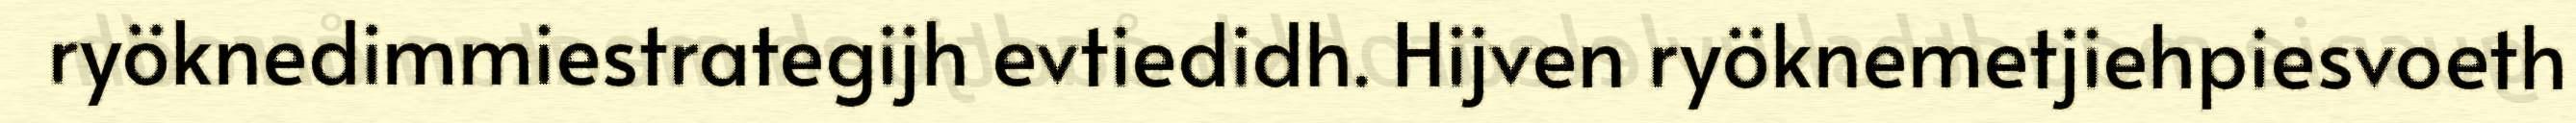
ryöknedimmiestrategijh evtiedidh. Hijven ryöknemetjiehpiesvoeth